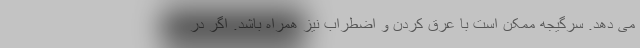
می دهد. سرگیجه ممکن است با عرق کردن و اضطراب نیز همراه باشد. اگر در